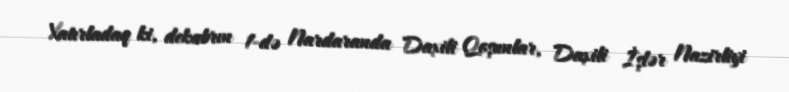
Xatırladaq ki, dekabrın 1-də Nardaranda Daxili Qoşunlar, Daxili İşlər Nazirliyi